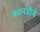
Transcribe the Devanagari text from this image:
कानडीचे